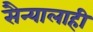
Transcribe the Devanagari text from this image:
सैन्यालाही